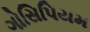
ગોસિપિયમ